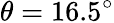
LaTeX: \theta=16.5^{\circ}